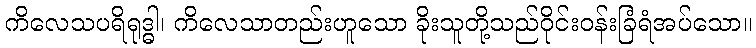
ကိလေသပရိရုဒ္ဓါ၊ ကိလေသာတည်းဟူသော ခိုးသူတို့သည်ဝိုင်းဝန်းခြံရံအပ်သော။